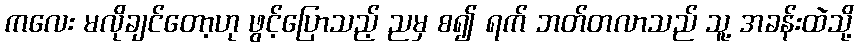
ကလေး မလိုချင်တော့ဟု ဖွင့်ပြောသည့် ညမှ စ၍ ရက် ဘတ်တလာသည် သူ့ အခန်းထဲသို့